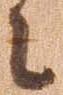
に